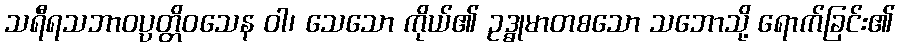
သရီရသဘာဝပ္ပတ္တိဝသေန ဝါ၊ သေသော ကိုယ်၏ ဥဒ္ဓုမာတစသော သဘောသို့ ရောက်ခြင်း၏